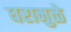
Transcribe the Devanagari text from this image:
घरामुळे